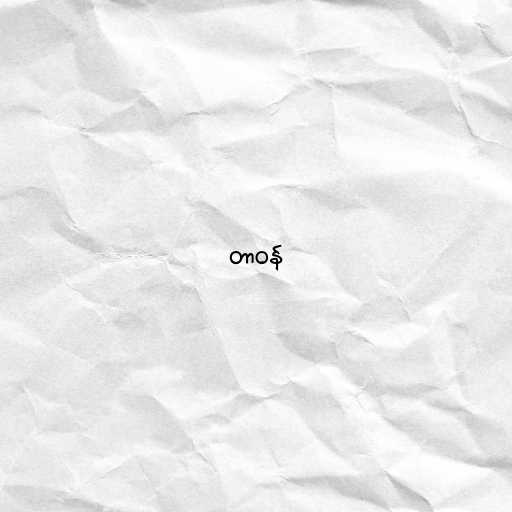
တာဝန်